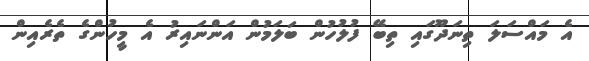
އެ މައްސަލަ ތިނަދޫގައި ތިބޭ ފުލުހުން ބަލަމުން އަންނައިރު އެ މީހުންގެ ތެރެއިން